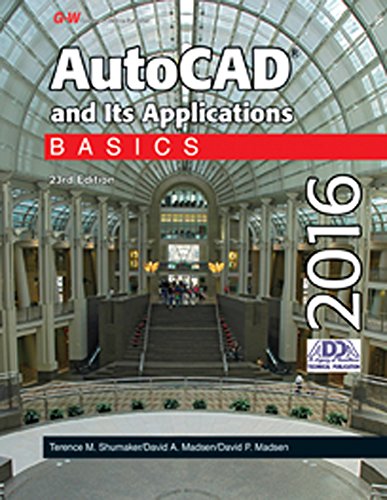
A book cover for AutoCAD and Its Applications Basics 2016; Terence M. Shumaker; Computers & Technology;